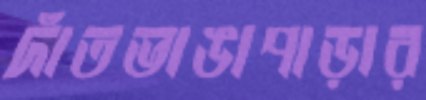
দাঁতভাঙাপাড়ার